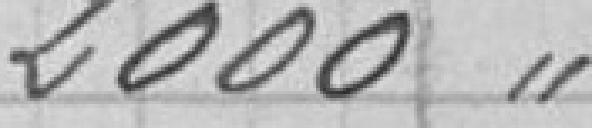
2 000